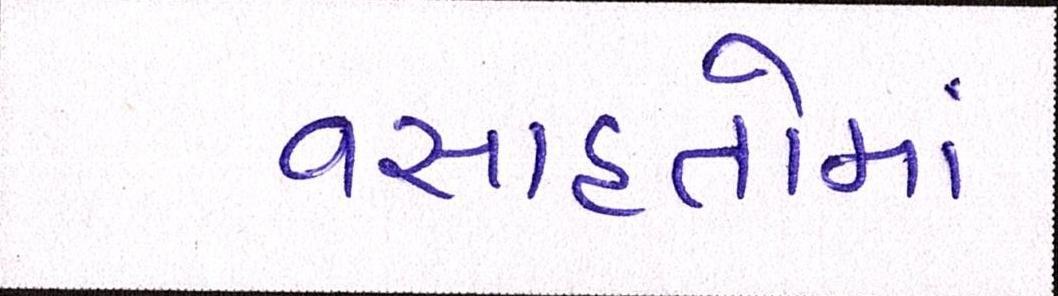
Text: વસાહતોમાં